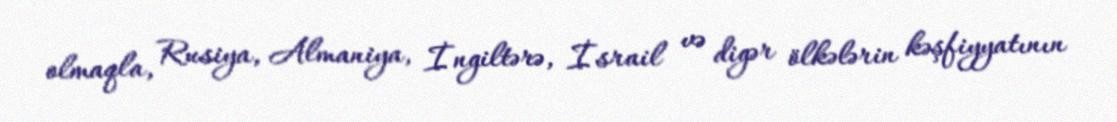
olmaqla, Rusiya, Almaniya, İngiltərə, İsrail və digər ölkələrin kəşfiyyatının